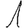
Digit: 1